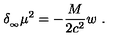
\delta _ { _ \infty } \mu ^ { 2 } = - { \frac { M } { 2 c ^ { 2 } } } w \ .